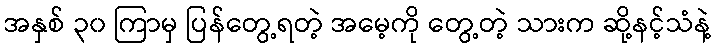
အနှစ် ၃၀ ကြာမှ ပြန်တွေ့ရတဲ့ အမေ့ကို တွေ့တဲ့ သားက ဆို့နင့်သံနဲ့